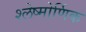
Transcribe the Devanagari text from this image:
श्लेष्मोर्णिक